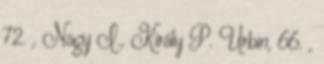
72. , Nagy I., Király P. Urbin, 66. ,